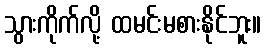
သွားကိုက်လို့ ထမင်းမစားနိုင်ဘူး။